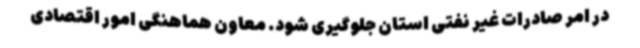
در امر صادرات غیر نفتی استان جلوگیری شود. معاون هماهنگی امور اقتصادی